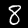
Digit: 8